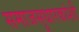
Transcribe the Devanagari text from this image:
समाजसुधारकांशी